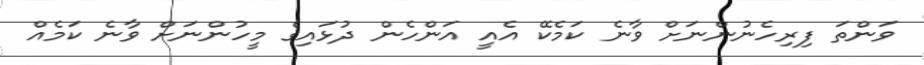
ވަންތަ ފިރިހެނުންނަށް ވާނެ ކަމެކޭ އެއީ އަންހެން ދުޅައިގެ މީހުންނަށް ވާނެ ކަމެއް